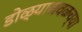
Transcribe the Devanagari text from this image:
डोळ्याजवळच्या